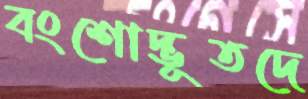
বংশোদ্ভূতদে